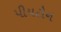
પીયટોન